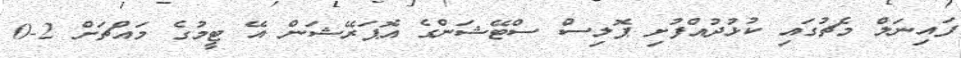
ފައިނަލް މެޗުގައި ކުޅުދުއްފުށި ޕޮލިސް ސްޓޭޝަންގެ އޮޕަރޭޝަން އޭ ޓީމުގެ މައްޗަށް 2-0